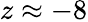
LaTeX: z\approx-8